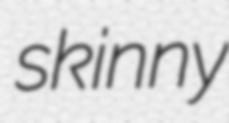
skinny